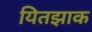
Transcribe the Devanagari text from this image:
यितझाक